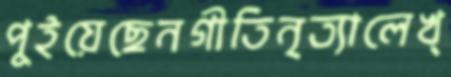
পুইয়েছেনগীতিনৃত্যালেখ্